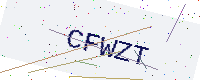
Text: CFWZT